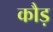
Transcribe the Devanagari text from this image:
कौड़